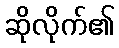
ဆိုလိုက်၏